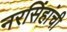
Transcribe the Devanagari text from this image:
नरसिंहांची